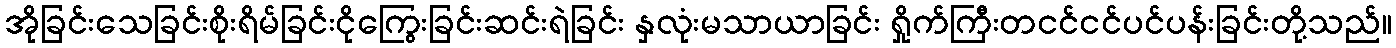
အိုခြင်းသေခြင်းစိုးရိမ်ခြင်းငိုကြွေးခြင်းဆင်းရဲခြင်း နှလုံးမသာယာခြင်း ရှိုက်ကြီးတငင်ငင်ပင်ပန်းခြင်းတို့သည်။